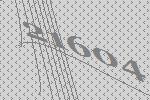
21604